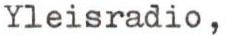
Yleisradio,